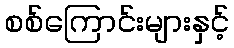
စစ်ကြောင်းများနှင့်